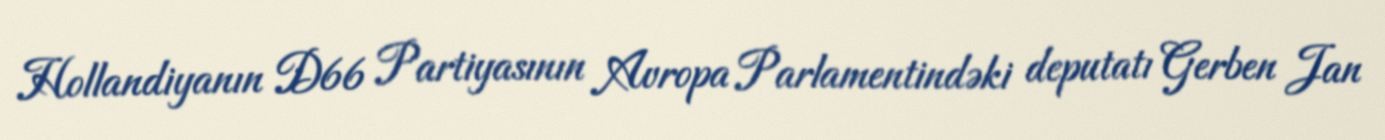
Hollandiyanın D66 Partiyasının Avropa Parlamentindəki deputatı Gerben Jan